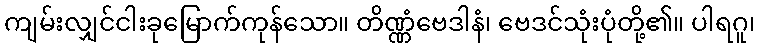
ကျမ်းလျှင်ငါးခုမြောက်ကုန်သော။ တိဏ္ဏံဗေဒါနံ၊ ဗေဒင်သုံးပုံတို့၏။ ပါရဂူ၊